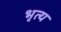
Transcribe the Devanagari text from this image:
भृत्‍य